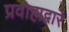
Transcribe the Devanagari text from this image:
प्रवाहाद्वारे